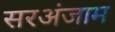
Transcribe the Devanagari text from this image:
सरअंजाम